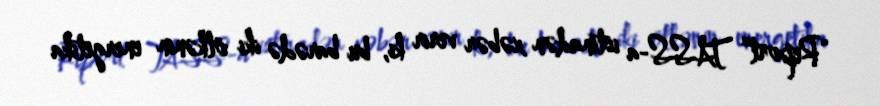
“Report” TASS-a istinadən xəbər verir ki, bu barədə iki ölkənin energetika